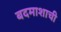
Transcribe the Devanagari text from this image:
बदमाशाची